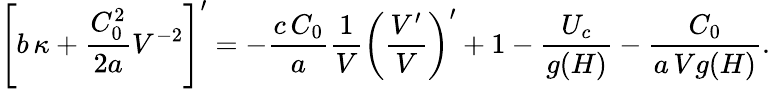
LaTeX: \left[b\, \kappa+\frac{C_{0}^{2}}{2a}V^{-2}\right]^{\prime}=-\frac{c\, C_{0}}{a}\frac{1}{V}\left(\frac{V^{\prime}}{V}\right)^{\prime}+1-\frac{U_{c}}{g(H)}-\frac{C_{0}}{a\, Vg(H)}.